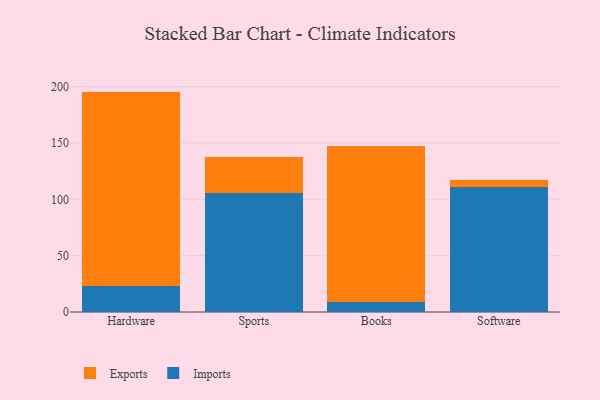
{"axis": {"x": "Category", "y": "Revenue (USD Million)"}, "legend": ["Exports", "Imports"], "data": [{"x": "Hardware", "y": 22.9, "type": "Imports"}, {"x": "Hardware", "y": 172.7, "type": "Exports"}, {"x": "Sports", "y": 105.7, "type": "Imports"}, {"x": "Sports", "y": 31.7, "type": "Exports"}, {"x": "Books", "y": 8.5, "type": "Imports"}, {"x": "Books", "y": 138.4, "type": "Exports"}, {"x": "Software", "y": 111.0, "type": "Imports"}, {"x": "Software", "y": 5.9, "type": "Exports"}]}